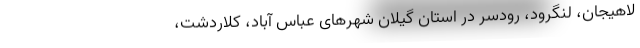
لاهیجان، لنگرود، رودسر در استان گیلان شهرهای عباس آباد، کلاردشت،